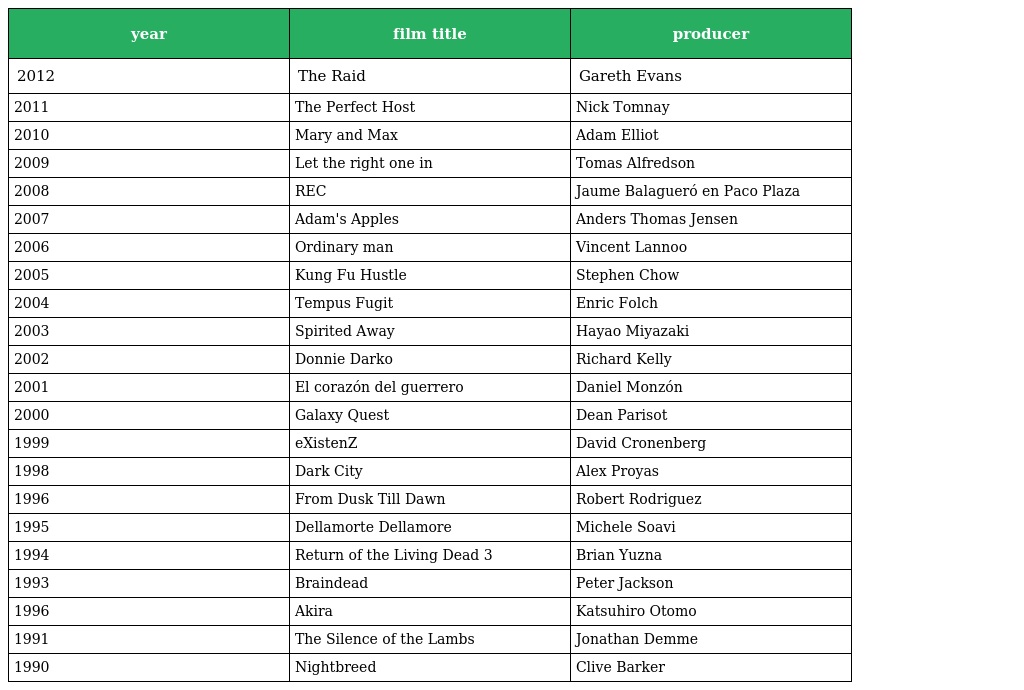
| year | film title | producer |
 | --- | --- | --- |
 | 2012 | The Raid | Gareth Evans |
 | 2011 | The Perfect Host | Nick Tomnay |
 | 2010 | Mary and Max | Adam Elliot |
 | 2009 | Let the right one in | Tomas Alfredson |
 | 2008 | REC | Jaume Balagueró en Paco Plaza |
 | 2007 | Adam's Apples | Anders Thomas Jensen |
 | 2006 | Ordinary man | Vincent Lannoo |
 | 2005 | Kung Fu Hustle | Stephen Chow |
 | 2004 | Tempus Fugit | Enric Folch |
 | 2003 | Spirited Away | Hayao Miyazaki |
 | 2002 | Donnie Darko | Richard Kelly |
 | 2001 | El corazón del guerrero | Daniel Monzón |
 | 2000 | Galaxy Quest | Dean Parisot |
 | 1999 | eXistenZ | David Cronenberg |
 | 1998 | Dark City | Alex Proyas |
 | 1996 | From Dusk Till Dawn | Robert Rodriguez |
 | 1995 | Dellamorte Dellamore | Michele Soavi |
 | 1994 | Return of the Living Dead 3 | Brian Yuzna |
 | 1993 | Braindead | Peter Jackson |
 | 1996 | Akira | Katsuhiro Otomo |
 | 1991 | The Silence of the Lambs | Jonathan Demme |
 | 1990 | Nightbreed | Clive Barker |